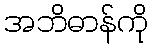
အဘိဓာန်ကို